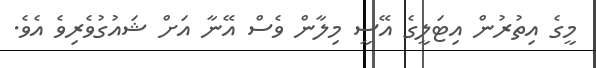
މީގެ އިތުރުން އިޓަލީގެ އޭސީ މިލާން ވެސް އޭނާ އަށް ޝައުގުވެރިވެ އެވެ.